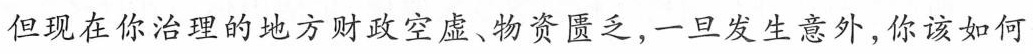
但现在你治理的地方财政空虚、物资匮乏，一旦发生意外，你该如何